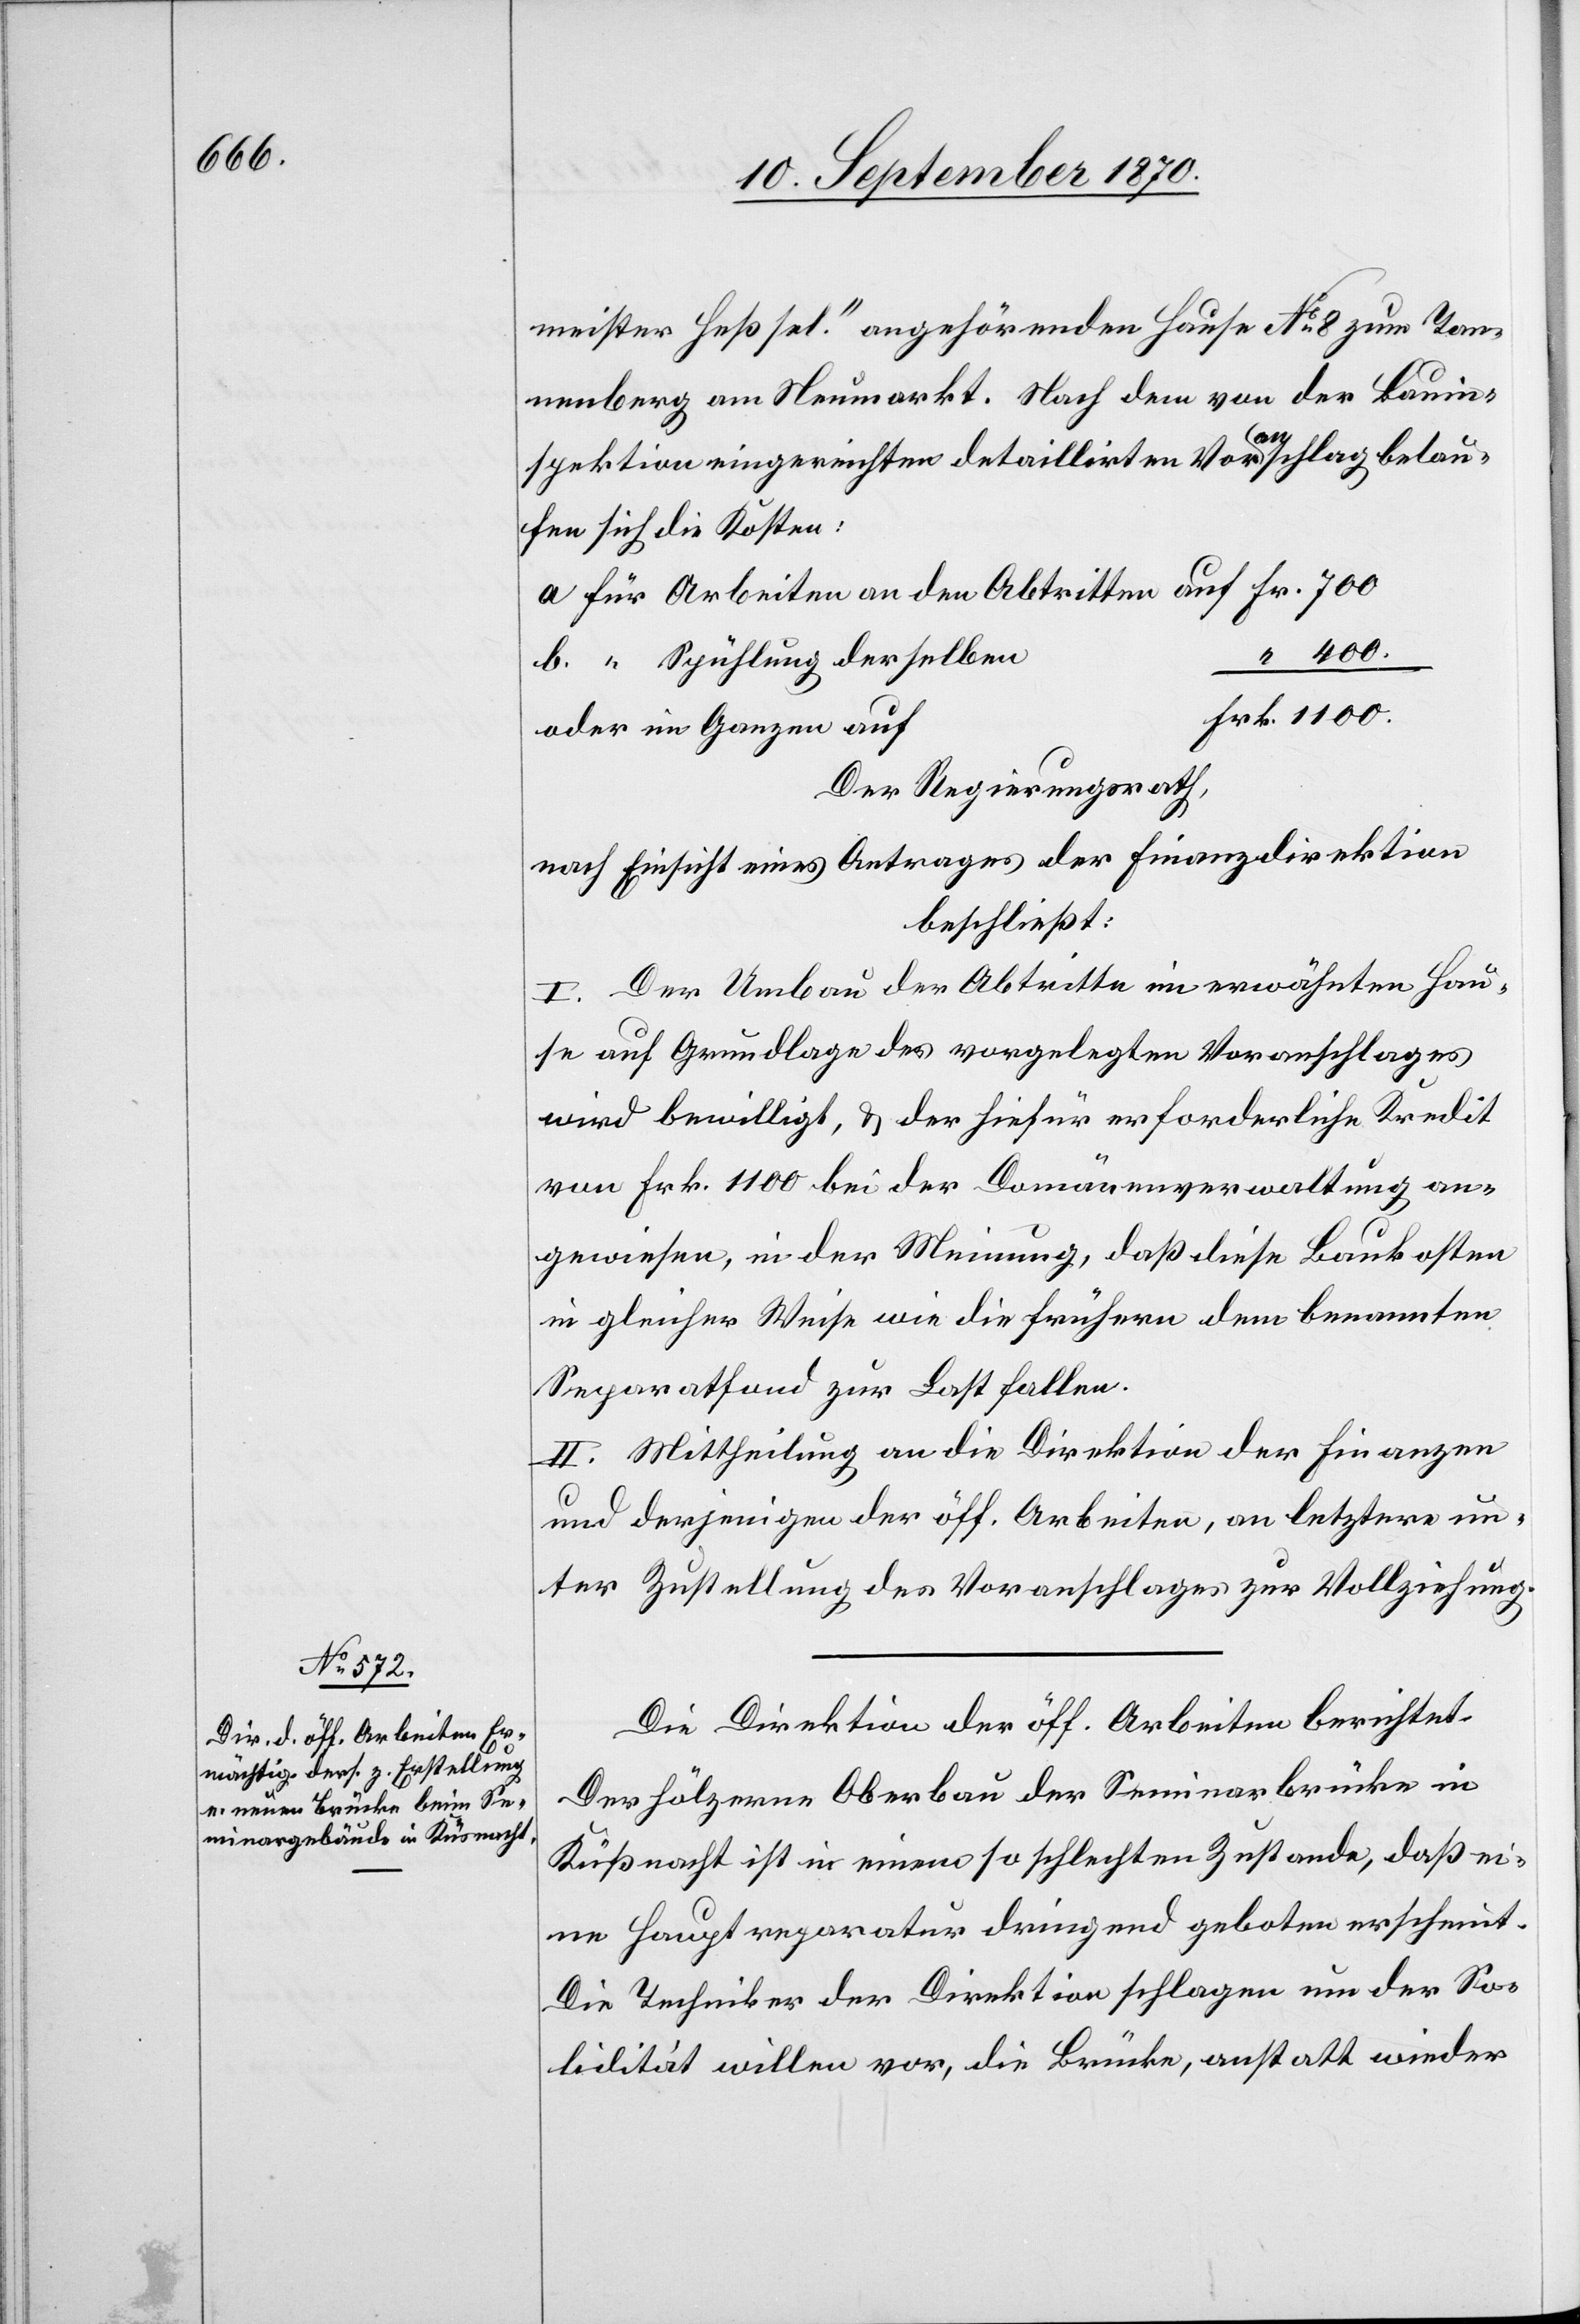
1100.

meister Heß sel.“ angehörenden Hause No 8 zum Tan¬
nenberg am Neumarkt. Nach dem von der Bauin¬
Fr.
spektion eingereichten detaillirten Voranschlag belau¬
fen sich die Kosten:
derselben
oder im Ganzen auf
Der Regierungsrath,
nach Einsicht eines Antrages der Finanzdirektion
beschließt:
I. Der Umbau der Abtritte im erwähnten Hau¬
se auf Grundlage des vorgelegten Voranschlages
wird bewilligt, & der hiefür erforderliche Kredit
von Fr. 1100 bei der Domänenverwaltung an¬
gewiesen, in der Meinung, daß diese Baukosten
in gleicher Weise wie die frühern dem benannten
Separatfond zur Last fallen.
II. Mittheilung an die Direktion der Finanzen
und derjenigen [sic!] der öff. Arbeiten, an letztere un¬
ter Zustellung des Voranschlages zur Vollziehung.
Die Direktion der öff. Arbeiten berichtet:
Der hölzerne Oberbau der Seminarbrücke in
Küßnacht ist in einem so schlechten Zustande, daß ei¬
ne Hauptreparatur dringend geboten erscheint.
Die Techniker der Direktion schlagen nun der So¬
lidität willen vor, die Brücke, anstatt wieder